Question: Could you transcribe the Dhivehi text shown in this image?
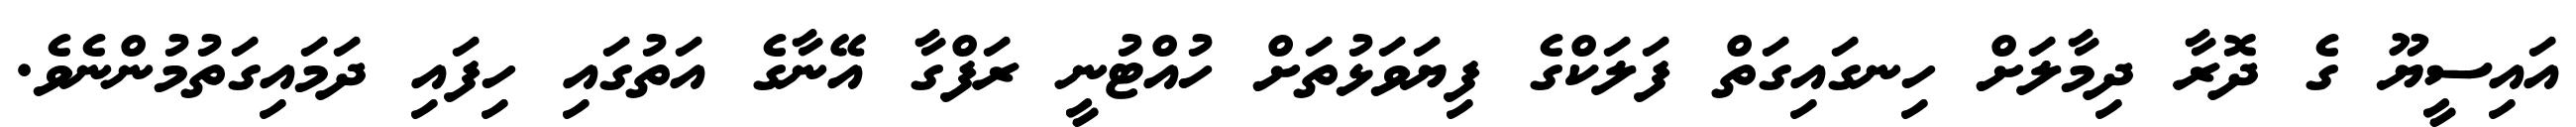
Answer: އައިސީޔޫ ގެ ދޮރާ ދިމާލަށް ހިނގައިގަތް ފަލަކްގެ ފިޔަވަޅުތަށް ހުއްޓުނީ ރަފްގާ އޭނާގެ އަތުގައި ހިފައި ދަމައިގަތުމުންނެވެ.